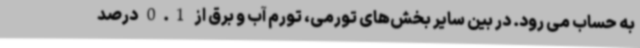
به حساب می رود. در بین سایر بخش‌های تورمی، تورم آب و برق از 0.1 درصد